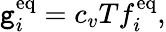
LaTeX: \mathtt{g}_{i}^{\mathrm{{eq}}}=c_{v}Tf_{i}^{\mathrm{{eq}}},